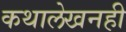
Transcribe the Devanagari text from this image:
कथालेखनही